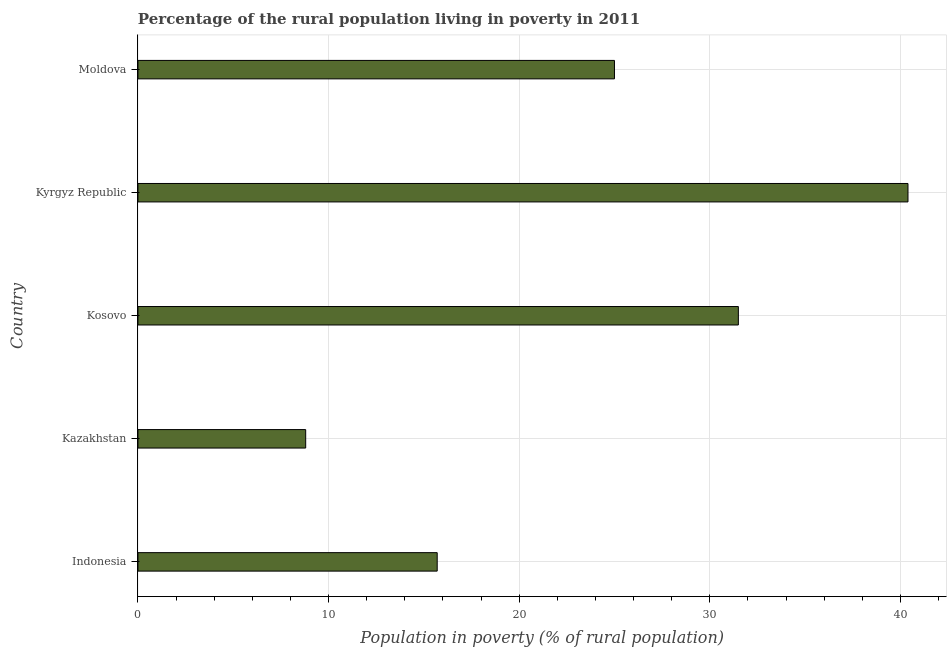
| Country | Rural poverty headcount ratio |
 | --- | --- |
 | Indonesia | 15.7 |
 | Kazakhstan | 8.8 |
 | Kosovo | 31.5 |
 | Kyrgyz Republic | 40.4 |
 | Moldova | 25 |